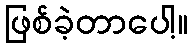
ဖြစ်ခဲ့တာပေါ့။